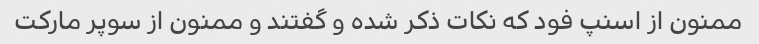
ممنون از اسنپ فود که نکات ذکر شده و گفتند و ممنون از سوپر مارکت